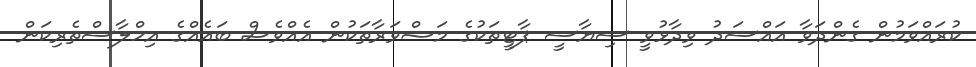
ކުރައްވަމުން ގެންދަވާ އައްސަދު ވިދާޅުވީ ސިޔާސީ ޕާޓީތަކުގެ މަޝްވަރާތަކުން އެއްވެސް ބައެއްގެ އިހްލާސްތެރިކަން